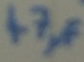
Text: 47µF